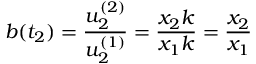
b ( t _ { 2 } ) = \frac { u _ { 2 } ^ { ( 2 ) } } { u _ { 2 } ^ { ( 1 ) } } = \frac { x _ { 2 } k } { x _ { 1 } k } = \frac { x _ { 2 } } { x _ { 1 } }